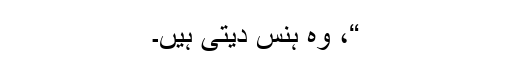
“، وہ ہنس دیتی ہیں۔